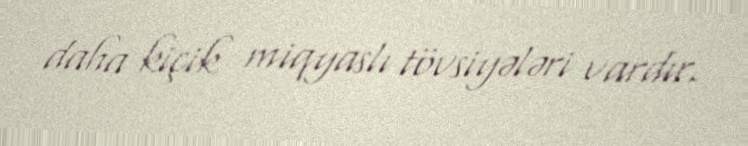
daha kiçik miqyaslı tövsiyələri vardır.